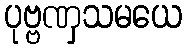
ပုဗ္ဗဏှသမယေ